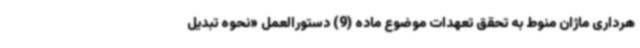
هرداری ماژان منوط به تحقق تعهدات موضوع ماده (9) دستورالعمل «نحوه تبدیل